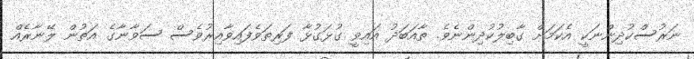
ނަރުސްކުދިންނަކީ އެކަމަށް ގާބިލުކުދިންނެވެ. ތާއަބަދު އައިވީ ގުޅަގުޅާ ފަރިތަވެފައިވާއިރުވެސް ސަވާނާގެ އަތުން ލޭނާރެއް